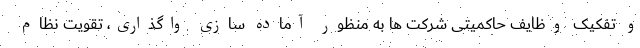
و تفکیک وظایف حاکمیتی شرکت ها به منظور آماده سازی واگذاری، تقویت نظام